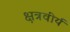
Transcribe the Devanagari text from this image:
क्षत्रवीर्य